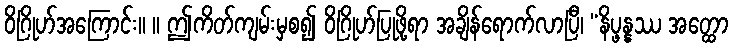
ဝိဂြိုဟ်အကြောင်း။ ။ ဤကိတ်ကျမ်းမှစ၍ ဝိဂြိုဟ်ပြုဖို့ရာ အချိန်ရောက်လာပြီ၊ “နိပ္ဖန္နဿ အတ္ထော